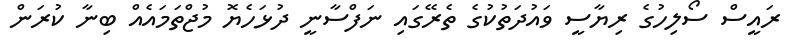
ރައީސް ސޯލިހުގެ ރިޔާސީ ވައުދަތުކުގެ ތެރޭގައި ނަފްސާނީ ދުޅަހެޔޮ މުޖްތަމައެއް ބިނާ ކުރަން